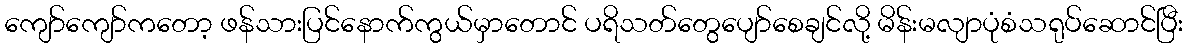
ကျော်ကျော်ကတော့ ဖန်သားပြင်နောက်ကွယ်မှာတောင် ပရိသတ်တွေပျော်စေချင်လို့ မိန်းမလျာပုံစံသရုပ်ဆောင်ပြီး